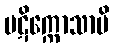
ပဋိက္ကောသာမိ